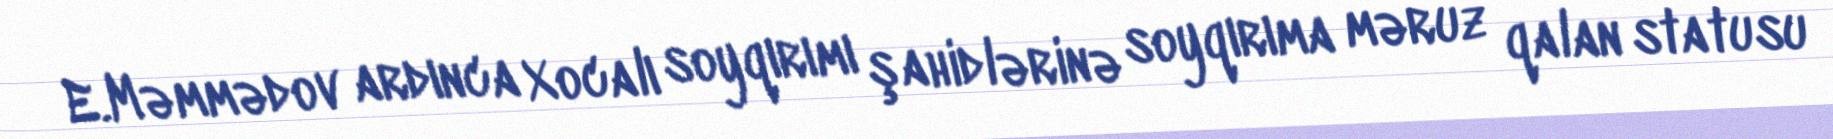
E.Məmmədov ardınca Xocalı soyqırımı şahidlərinə soyqırıma məruz qalan statusu